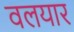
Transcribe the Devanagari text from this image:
वलयार